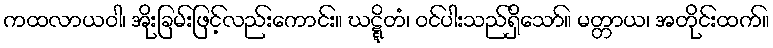
ကထလာယဝါ၊ အိုးခြမ်းဖြင့်လည်းကောင်း။ ဃဋ္ဋိတံ၊ ဝင်ပါးသည်ရှိသော်။ မတ္တာယ၊ အတိုင်းထက်။